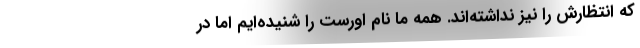
که انتظارش را نیز نداشته‌اند. همه ما نام اورست را شنیده‌ایم اما در